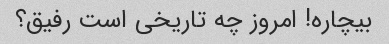
بیچاره! امروز چه تاریخی است رفیق؟